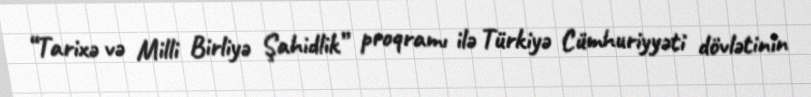
“Tarixə və Milli Birliyə Şahidlik” proqramı ilə Türkiyə Cümhuriyyəti dövlətinin